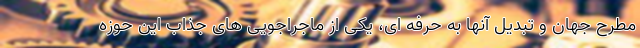
مطرح جهان و تبدیل آنها به حرفه ای، یکی از ماجراجویی های جذاب این حوزه